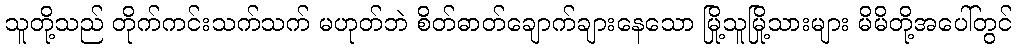
သူတို့သည် တိုက်ကင်းသက်သက် မဟုတ်ဘဲ စိတ်ဓာတ်ချောက်ချားနေသော မြို့သူမြို့သားများ မိမိတို့အပေါ်တွင်